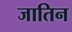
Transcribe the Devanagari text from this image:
जातिन